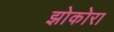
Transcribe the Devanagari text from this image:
झोकोरा